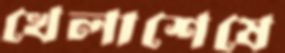
খেলাশেষে